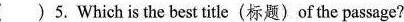
( )5. Which is the best title(标题)of the passage?